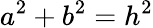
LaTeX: a^{2}+b^{2}=h^{2}